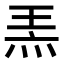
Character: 𤈅